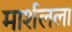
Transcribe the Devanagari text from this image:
मार्शलला